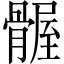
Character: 𫘴